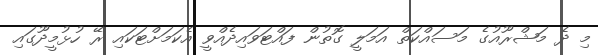
މި ދެ މަޝްރޫއުގެ މަސައްކަތް އަމަލީ ގޮތުން ފައްޓަވައިދެއްވީ އެކަމަށްޓަކައި ރޭ ހުޅުމީދޫގައި